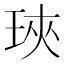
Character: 𤥵